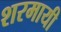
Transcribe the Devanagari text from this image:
शरमायी